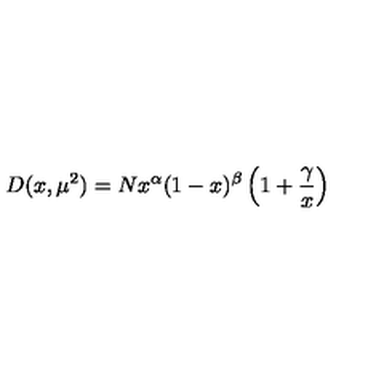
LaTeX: D ( x , \mu ^ { 2 } ) = N x ^ { \alpha } ( 1 - x ) ^ { \beta } \left( 1 + \frac { \gamma } { x } \right)